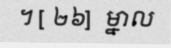
។ [ ២៦]  ម្នាល